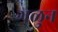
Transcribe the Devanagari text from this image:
गळुन